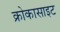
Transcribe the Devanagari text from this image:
क्रोकासाइट